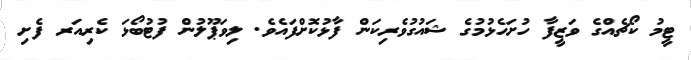
ޓީމު ކޯޗެއްގެ ވަޒީފާ ހުށަހެޅުމުގެ ޝައުގުވެރިކަން ފާޅުކޮށްފައެވެ. ލިވަޕޫލުން ފުޓުބޯޅަ ކެރިއަރ ފެށި